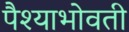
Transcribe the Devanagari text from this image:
पैश्याभोवती